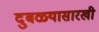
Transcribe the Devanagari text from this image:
दुबळ्यासारखी